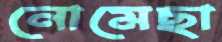
নোমেছা